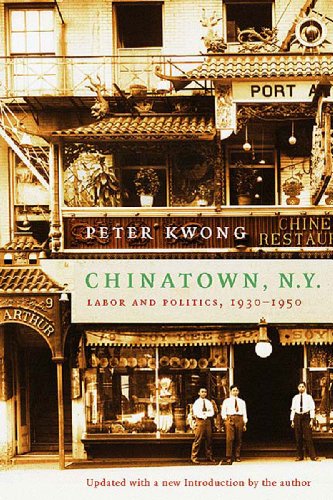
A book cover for Chinatown, New York: Labor and Politics, 1930-1950; Peter Kwong; Business & Money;